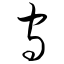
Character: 守